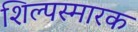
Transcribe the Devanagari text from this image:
शिल्पस्मारक